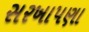
સરખાપણા